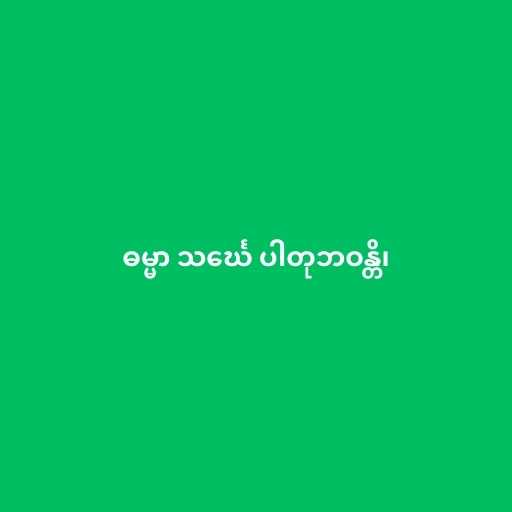
ဓမ္မာ သင်္ဃေ ပါတုဘဝန္တိ၊